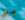
صلني